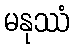
မနုဿံ